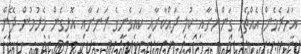
އަހަރެމެން އެއްޗެހި ގަންނާށާއި ކުލި ދައްކާށާއި ކައިވެނީގެ ރަނަށާއި އޮޅިގެން މެރުމުން ދޭން